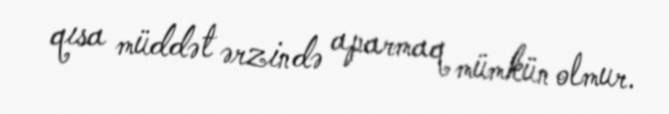
qısa müddət ərzində aparmaq mümkün olmur.